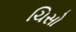
ચિસો